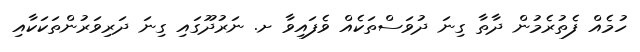
ހުމެއް ފެތުރެމުން ދާތާ ގިނަ ދުވަސްތަކެއް ވެފައިވާ ށ. ނަރުދޫގައި ގިނަ ދަރިވަރުންތަކަކާއި